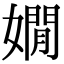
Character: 嫺